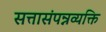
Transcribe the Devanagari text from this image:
सत्तासंपन्नव्यक्ति